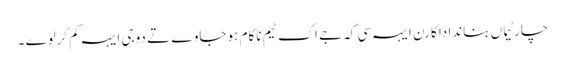
چار ٹیماں بناندا دا کارن ایہہ سی کہ جے اک ٹیم ناکام ہو جاوے تے دوجی ایہہ کم کرلوے ۔